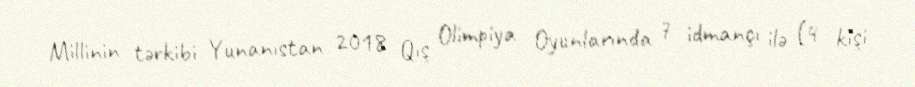
Millinin tərkibi Yunanıstan 2018 Qış Olimpiya Oyunlarında 7 idmançı ilə (4 kişi